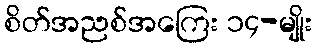
စိတ်အညစ်အကြေး ၁၄-မျိုး